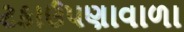
ટકાઉપણાવાળા